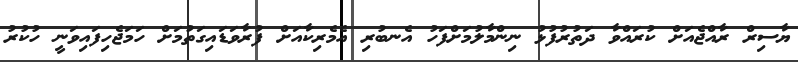
ޔާސިރް ރާއްޖެއަށް ކުރައްވާ ދަތުރުފުޅު ނިންމާލުމަށްފަހު އެނބުރި އެމެރިކާއަށް ފުރާވަޑައިގަތުމަށް ހަމަޖެހިފައިވަނީ ހުކުރު